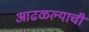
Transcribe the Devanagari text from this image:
आढळल्याची